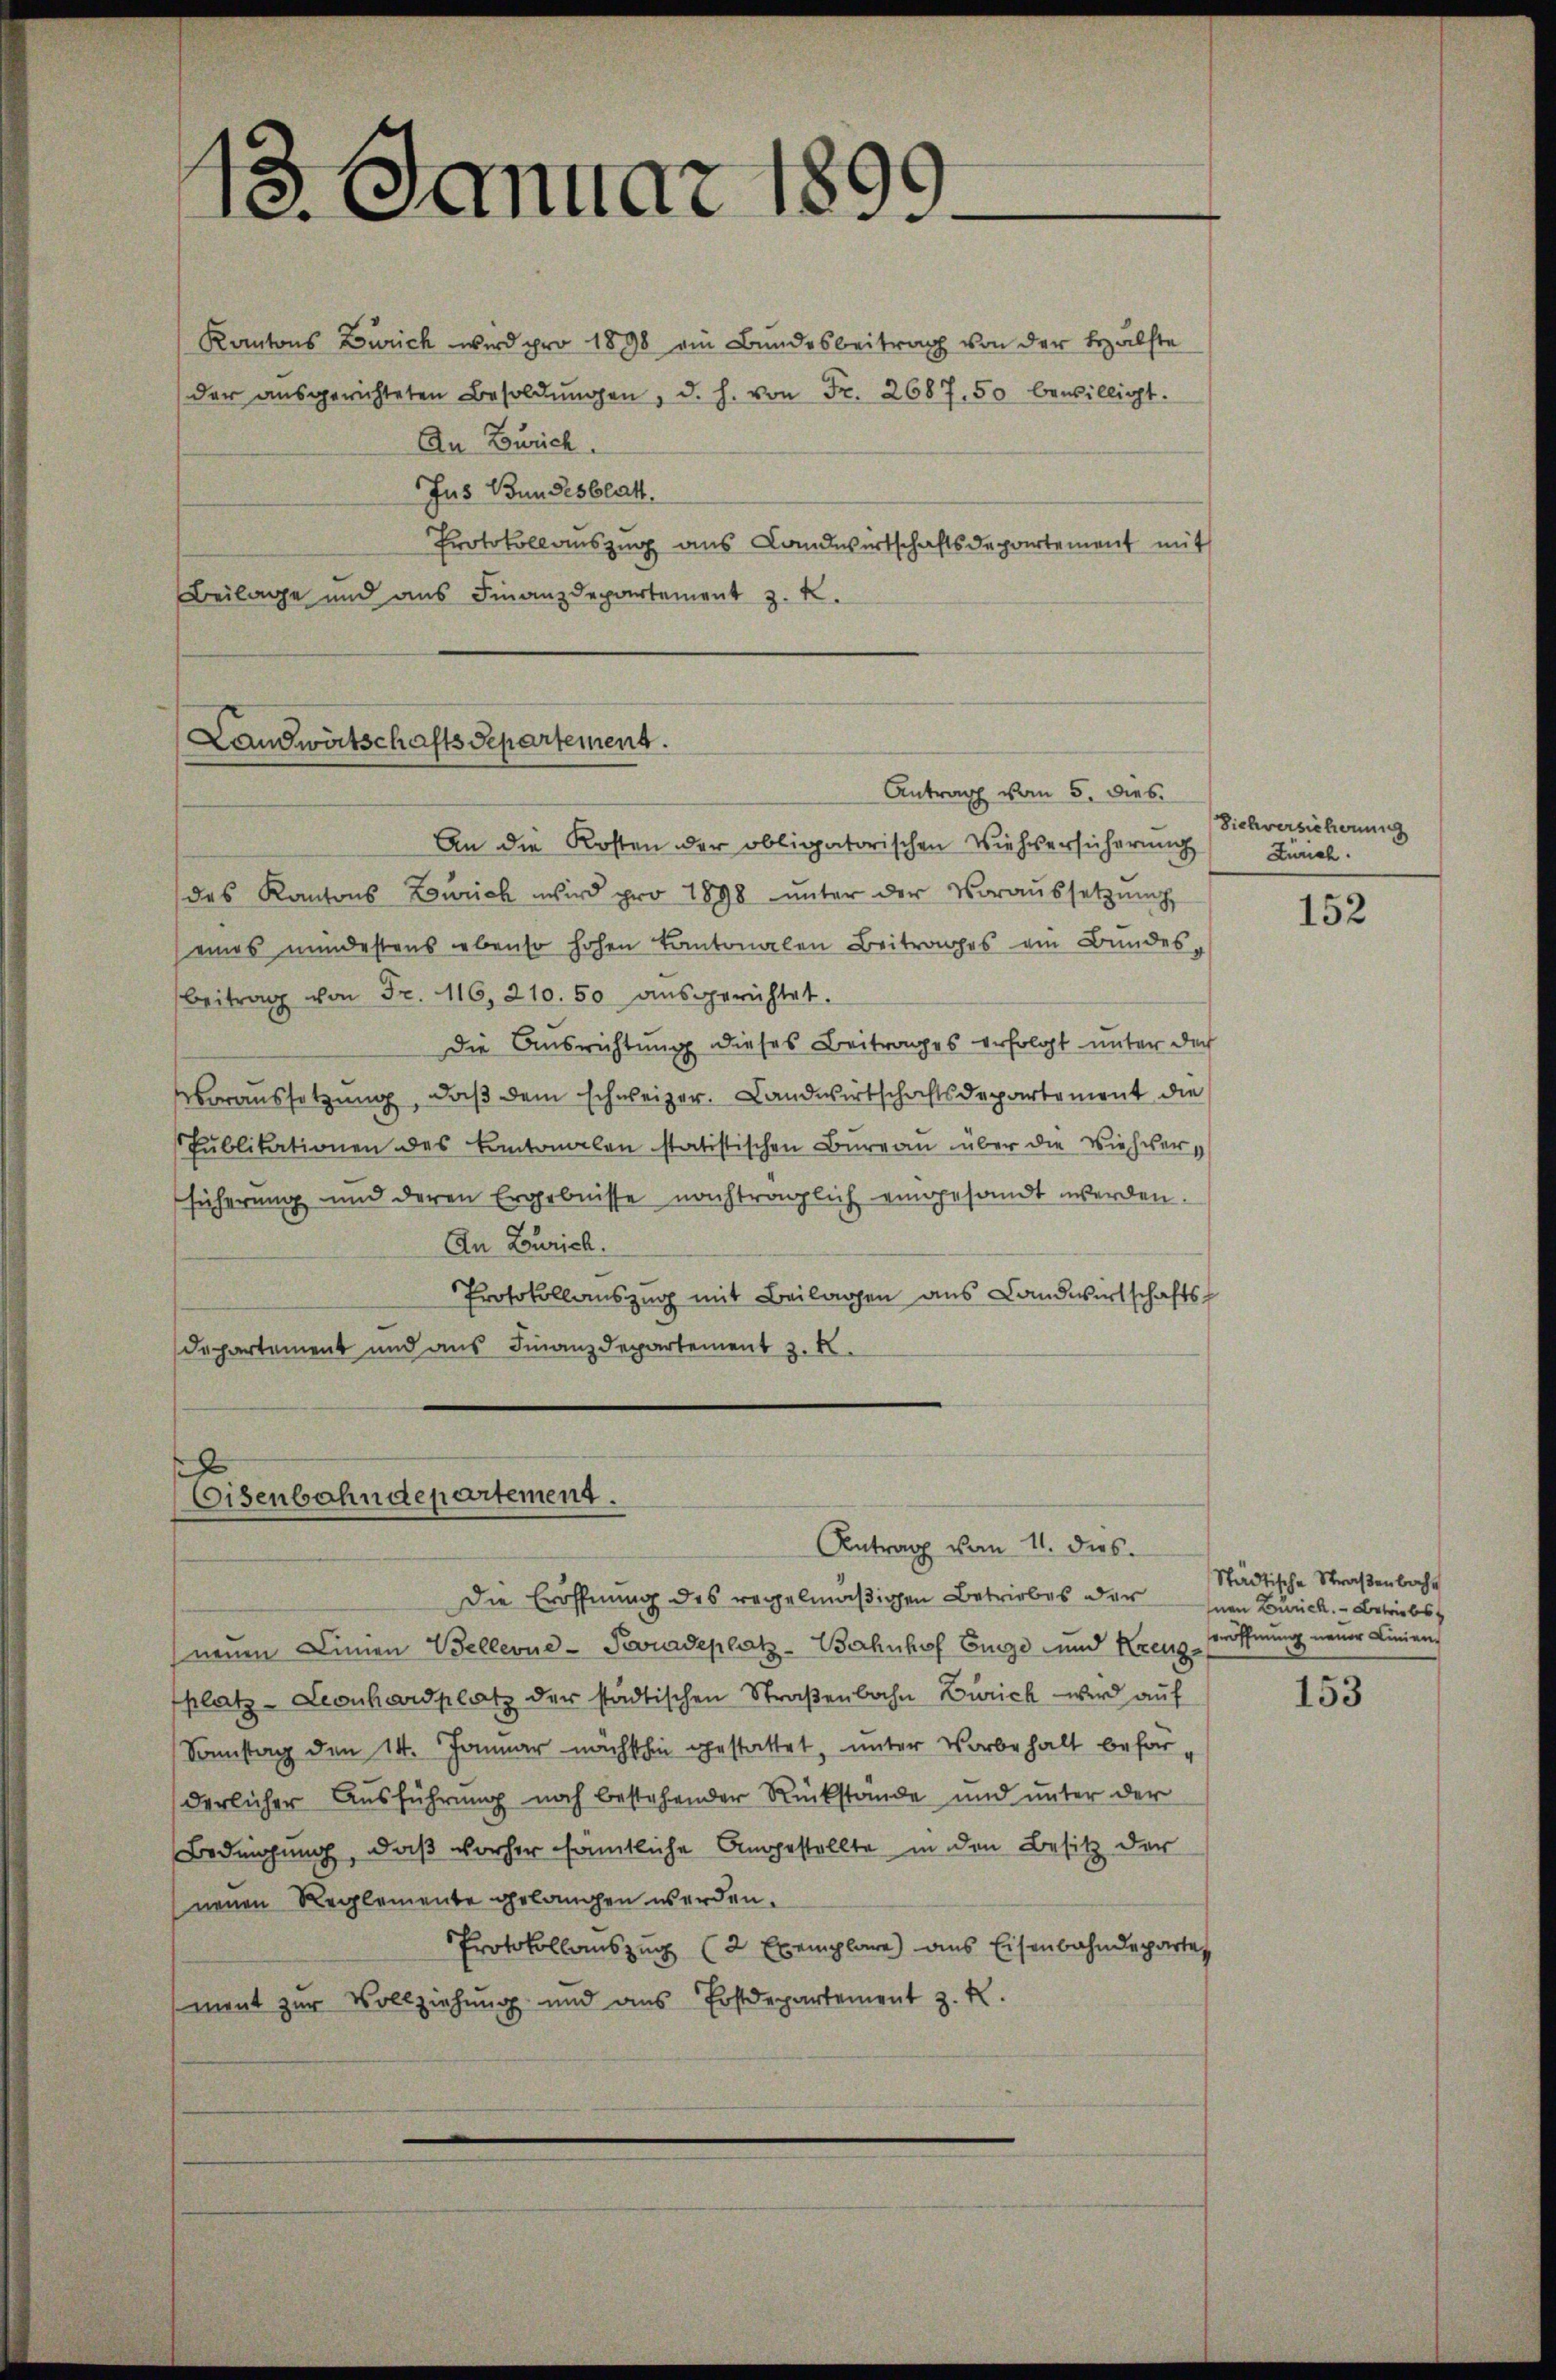
13. Januar 186
9

Kantons Zürich wird pro 1898 ein Bundesbeitrag von der Hälfte
der aŭsgerichteten Besoldŭngen, d. h. von Fr. 2687. 50 bewilligt.
An Zürich.
Jus Bundesblatt.
Protokollauszug aus Landwirtschaftsdepartement mit
Beilage und ans Finanzdepartement z. K.

Landwirtschaftsdepartement.

Antrag vom 5. dies
An die Kosten der obligatorischen Viehversicherung Zürich.
des Kantons Zürich wird pro 1898 ŭnter der Voraŭssetzŭng
eines mindestens ebenso hohen Kantonalen Beitrages ein Bundes-
Beitrag von Fr. 116, 210. 50 ausgerichtet.
Die Ausrichtung dieses Beitrages erfolgt unter der
voraussetzung, daß dem schweizer. Landwirtschaftsdepartement die
Publikationen des Kantonalen statistischen Bureau über die Viehversücherung und deren Ergebnisse nachträglich eingesandt werden.
An Zürich.
Protokollauszug mit Beilagen aus Landwirtschafts-
Departement und aus Finanzdepartement 3. K

x
Eisenbahndepartement.

Antrag vom 11. das

Die Eröffnung des regelmäßigen Betriebes dernen Burck. Betriebst
neuen Linnen Bellerne-Ponadeplatz-Bahnhof Enge und Kreuz
platz- Leonhardplatz der städtischen Straβenbahn Zürich wird auf
Sonstag den 14. Januar nachthin gestattet, unter Vorbehalt beförderlicher Ausführung noch bestehender Rückstände und unter der
Bedingung, daß vorher sämtliche Angestellte in den Besitz der
neuen Reglemente gelangen werden.
Protokollauszug (2 Exemplare aus Eisenbahndeparte
ment zur Vollziehung und aus Postdepartement z. R.

Sichversicherung

152

Städtische Straßenbahn
eröffnung neuer Liniens

153